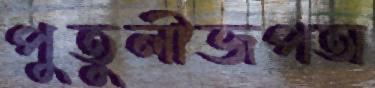
পুতুলীজপঅ